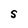
Character: S